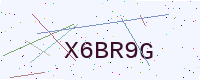
Text: X6BR9G